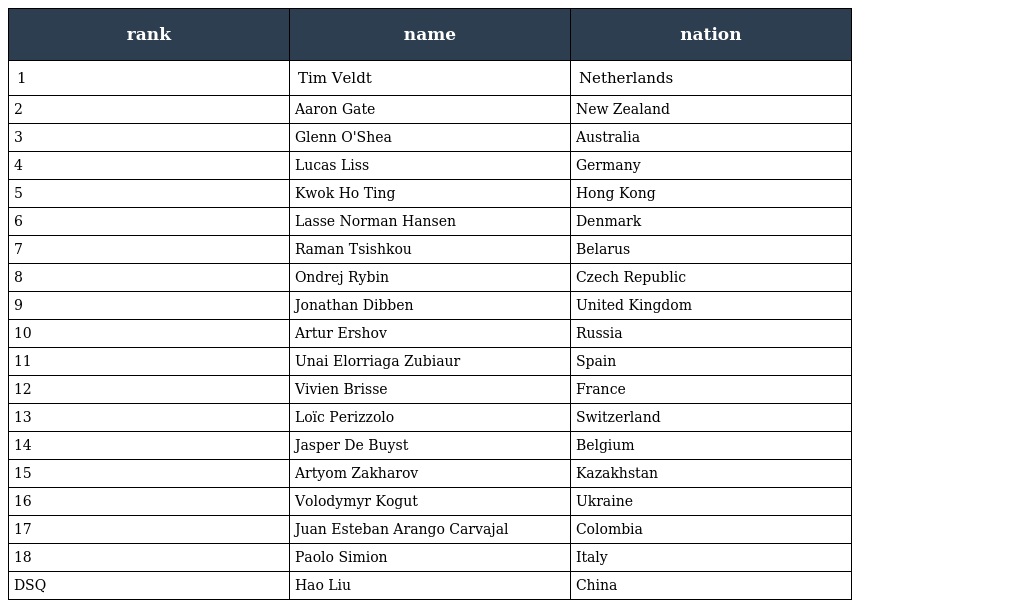
| rank | name | nation |
 | --- | --- | --- |
 | 1 | Tim Veldt | Netherlands |
 | 2 | Aaron Gate | New Zealand |
 | 3 | Glenn O'Shea | Australia |
 | 4 | Lucas Liss | Germany |
 | 5 | Kwok Ho Ting | Hong Kong |
 | 6 | Lasse Norman Hansen | Denmark |
 | 7 | Raman Tsishkou | Belarus |
 | 8 | Ondrej Rybin | Czech Republic |
 | 9 | Jonathan Dibben | United Kingdom |
 | 10 | Artur Ershov | Russia |
 | 11 | Unai Elorriaga Zubiaur | Spain |
 | 12 | Vivien Brisse | France |
 | 13 | Loïc Perizzolo | Switzerland |
 | 14 | Jasper De Buyst | Belgium |
 | 15 | Artyom Zakharov | Kazakhstan |
 | 16 | Volodymyr Kogut | Ukraine |
 | 17 | Juan Esteban Arango Carvajal | Colombia |
 | 18 | Paolo Simion | Italy |
 | DSQ | Hao Liu | China |